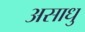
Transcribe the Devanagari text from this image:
असाधु